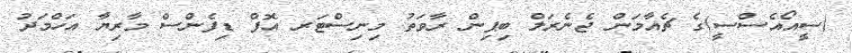
(ސީއޯއެސްސީ)ގެ ޗެއާމަން ޖެނެރަލް ބިޕިން ރާވަތު މިނިސްޓަރ އޮފް ޑިފެންސް މާރިޔާ އަހްމަދު